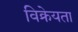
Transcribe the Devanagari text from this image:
विक्रेयता